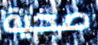
صحية